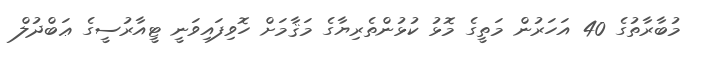
މުބާރާތުގެ 40 އަހަރުން މަތީގެ މޮޅު ކުޅުންތެރިޔާގެ މަޤާމަށް ހޮވިފައިވަނީ ޓީއާރުސީގެ ޢަބްދުލް